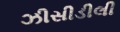
ઝીસીડીલી